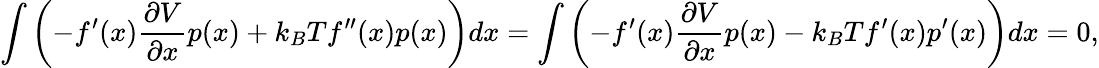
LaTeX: \int\left(-f^{\prime}(x){\frac{\partial V}{\partial x}}p(x)+{k_{B}T}f^{\prime\prime}(x)p(x)\right)dx=\int\left(-f^{\prime}(x){\frac{\partial V}{\partial x}}p(x)-{k_{B}T}f^{\prime}(x)p^{\prime}(x)\right)dx=0,